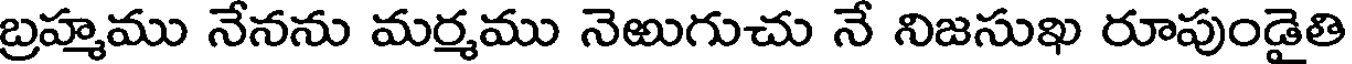
బ్రహ్మము నేనను మర్మము నెఱుగుచు నే నిజసుఖ రూపుండైతి